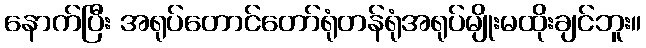
နောက်ပြီး အရုပ်တောင်တော်ရုံတန်ရုံအရုပ်မျိုးမထိုးချင်ဘူး။